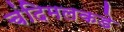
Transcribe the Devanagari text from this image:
चंदिमलकडे